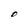
Character: O